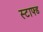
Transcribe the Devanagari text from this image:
स्टाफ्ड